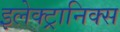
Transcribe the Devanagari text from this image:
इलेक्ट्रानिक्स